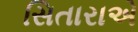
સિતારાએ